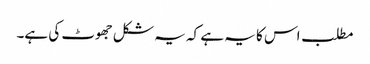
مطلب اس کا یہ ہے کہ یہ شکل جھوٹ کی ہے۔